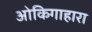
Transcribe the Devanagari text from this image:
ओकिगाहारा